Subject: stat
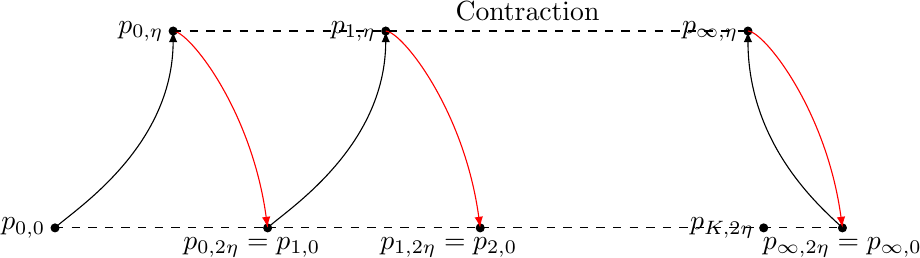
LaTeX code:
\begin{tikzpicture}
\filldraw (0,0) circle (0.05) node[left]{$p_{0,0}$};
\filldraw (1.5,2.5) circle (0.05) node[left]{$p_{0,\eta}$};
\filldraw (2.7, 0) circle (0.05);
\node at (2.5, -0.25) {$p_{0,2\eta}=p_{1,0}$};
\draw[dashed] (0,0)--(2.7,0);
\draw[-latex] (0,0)..controls (0.2, 0.2)and(1.5, 1)..(1.5,2.5);
\draw[-latex,red] (1.5,2.5)..controls (1.7, 2.5)and(2.5,1.5)..(2.7,0);
\filldraw (4.2,2.5) circle (0.05) node[left]{$p_{1,\eta}$};
\filldraw (5.4, 0) circle (0.05);
\node at (5, -0.25) {$p_{1,2\eta}=p_{2,0}$};
\draw[-latex] (2.7,0)..controls (2.9, 0.2)and(4.2, 1)..(4.2,2.5);
\draw[-latex,red] (4.2,2.5)..controls (4.4, 2.5)and(5.2,1.5)..(5.4,0);
\draw[dashed] (2.7,0)--(5.4,0);
\filldraw (10,0) circle (0.05);
\node at (10, -0.25) {$p_{\infty,2\eta}=p_{\infty,0}$};
\filldraw (8.8,2.5) circle (0.05) node[left]{$p_{\infty,\eta}$};
\draw[-latex,red] (8.8,2.5)..controls (9, 2.5)and(9.8,1.5)..(10,0);
\draw[-latex] (10,0)..controls (9.8,0.2)and(8.8, 1)..(8.8,2.5);
\draw[dashed] (5.4,0)--(10,0);
\draw[dashed] (1.5,2.5)--(8.8,2.5);
\node at (6, 2.75) {Contraction};
\filldraw (9,0) circle (0.05) node[left]{$p_{K,2\eta}$};

\end{tikzpicture}